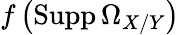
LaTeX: f\left(\operatorname{Supp}\Omega_{X/Y}\right)